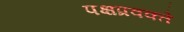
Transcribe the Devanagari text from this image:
पक्षप्रवक्ते